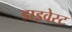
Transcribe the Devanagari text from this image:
डाइवेस्ट